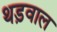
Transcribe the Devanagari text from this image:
थड़वाल